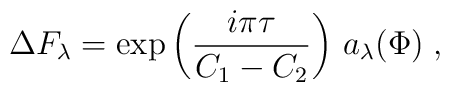
\Delta F_\lambda= \exp\left(\frac{i\pi\tau}{C_1-C_2}\right)\,a_\lambda(\Phi)\;,